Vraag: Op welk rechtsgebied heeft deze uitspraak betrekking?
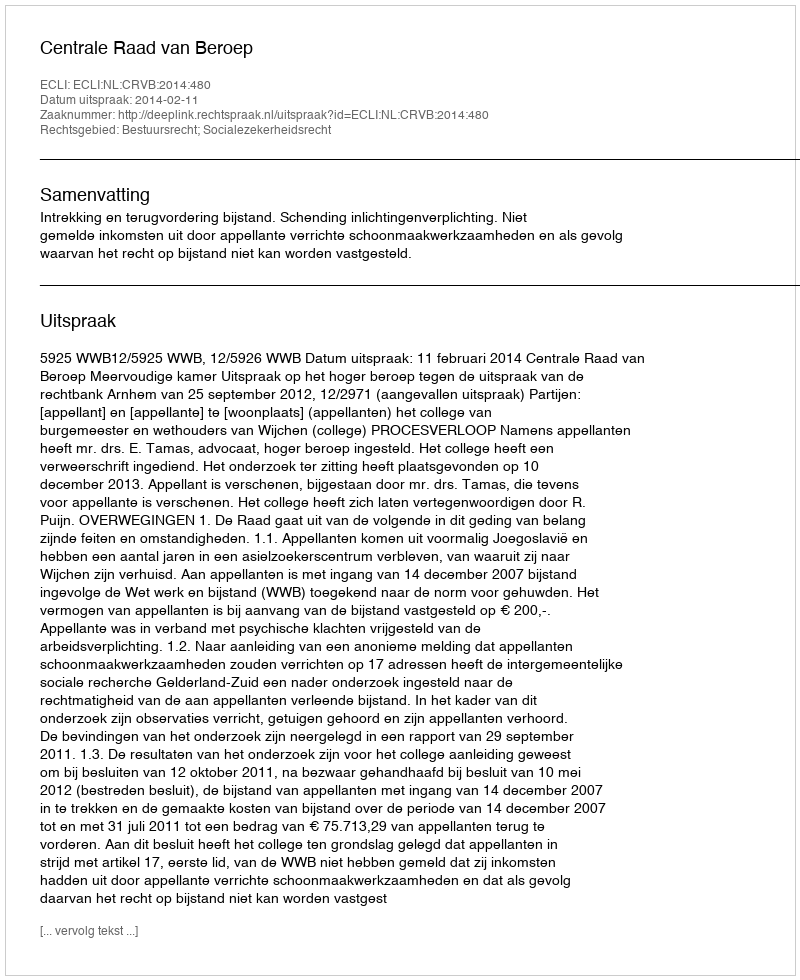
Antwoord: Bestuursrecht; Socialezekerheidsrecht